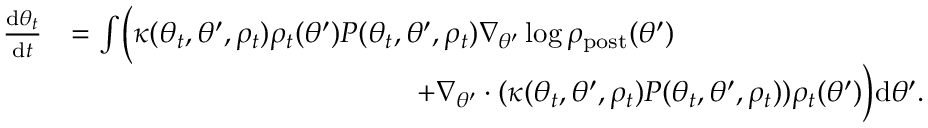
\begin{array} { r l } { \frac { \mathrm { d } \theta _ { t } } { \mathrm { d } t } } & { = \int \Bigl ( \kappa ( \theta _ { t } , \theta ^ { \prime } , \rho _ { t } ) \rho _ { t } ( \theta ^ { \prime } ) P ( \theta _ { t } , \theta ^ { \prime } , \rho _ { t } ) \nabla _ { \theta ^ { \prime } } \log \rho _ { \mathrm { p o s t } } ( \theta ^ { \prime } ) } \\ & { \qquad \qquad \qquad \qquad \qquad \qquad + \nabla _ { \theta ^ { \prime } } \cdot ( \kappa ( \theta _ { t } , \theta ^ { \prime } , \rho _ { t } ) P ( \theta _ { t } , \theta ^ { \prime } , \rho _ { t } ) ) \rho _ { t } ( \theta ^ { \prime } ) \Bigr ) \mathrm { d } \theta ^ { \prime } . } \end{array}